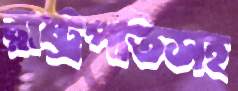
রাষ্ট্রপতিসহ